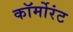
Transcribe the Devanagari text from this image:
कॉर्मोरंट